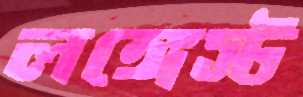
লঙ্গেস্ট